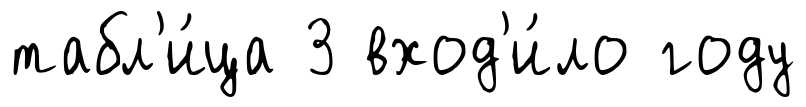
табл'и́ца 3 вход'и́ло году